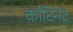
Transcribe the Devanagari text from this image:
काँटिनेंट